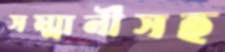
সম্মানীসহ